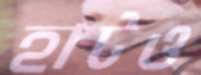
হাটও